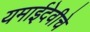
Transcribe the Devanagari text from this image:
यमाईदेवीचे